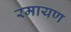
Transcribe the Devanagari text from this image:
रमायण